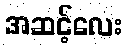
အဆင့်လေး